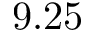
9 . 2 5